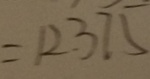
= 1 2 . 3 7 5